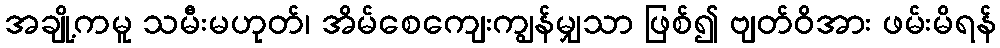
အချို့ကမူ သမီးမဟုတ်၊ အိမ်စေကျေးကျွန်မျှသာ ဖြစ်၍ ဗျတ်ဝိအား ဖမ်းမိရန်